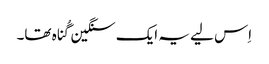
‏ اِس لیے یہ ایک سنگین گُناہ تھا۔